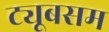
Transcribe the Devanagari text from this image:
ट्यूबसम